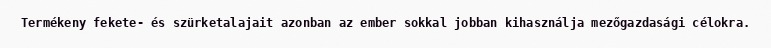
Termékeny fekete- és szürketalajait azonban az ember sokkal jobban kihasználja mezőgazdasági célokra.